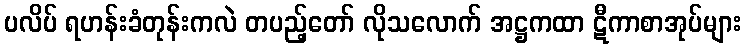
ပလိပ် ရဟန်းခံတုန်းကလဲ တပည့်တော် လိုသလောက် အဋ္ဌကထာ ဋီကာစာအုပ်များ